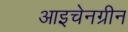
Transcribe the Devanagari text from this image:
आइचेनग्रीन